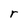
Character: r